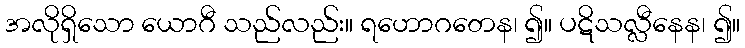
အလိုရှိသော ယောဂီ သည်လည်း။ ရဟောဂတေန၊ ၍။ ပဋိသလ္လီနေန၊ ၍။